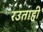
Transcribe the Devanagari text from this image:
रउताही